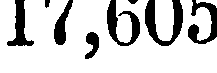
17,605